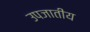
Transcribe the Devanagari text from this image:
उपजातीय